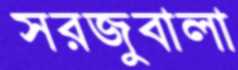
সরজুবালা